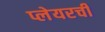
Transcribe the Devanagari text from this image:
प्लेयरची